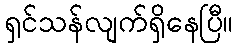
ရှင်သန်လျက်ရှိနေပြီ။